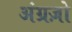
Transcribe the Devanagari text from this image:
अंग्रज़ो